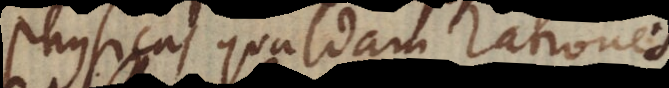
physicas quasdam rationes